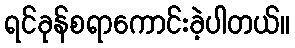
ရင်ခုန်စရာကောင်းခဲ့ပါတယ်။